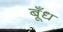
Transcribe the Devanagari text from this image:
बूँध